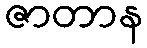
ဇာတာန